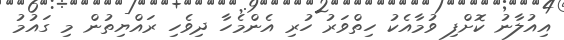
އިއުލާނު ކޮށްފި ވުމާއެކު ހިތްވަރު ހުރި އެންމެހާ ދިވެހި ރައްޔިތުން މި ގައުމު